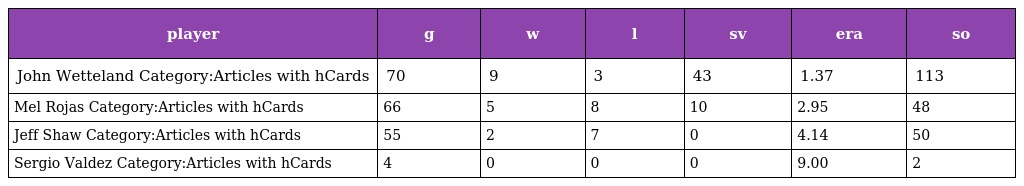
| player | g | w | l | sv | era | so |
 | --- | --- | --- | --- | --- | --- | --- |
 | John Wetteland Category:Articles with hCards | 70 | 9 | 3 | 43 | 1.37 | 113 |
 | Mel Rojas Category:Articles with hCards | 66 | 5 | 8 | 10 | 2.95 | 48 |
 | Jeff Shaw Category:Articles with hCards | 55 | 2 | 7 | 0 | 4.14 | 50 |
 | Sergio Valdez Category:Articles with hCards | 4 | 0 | 0 | 0 | 9.00 | 2 |